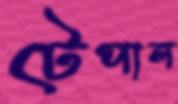
টেপাল